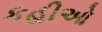
કહીઓ